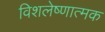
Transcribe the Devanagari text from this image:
विशलेष्णात्मक